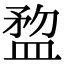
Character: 𥂂